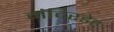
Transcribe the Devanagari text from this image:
मंदिरडेह